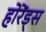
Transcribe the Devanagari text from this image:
होरेंड्स